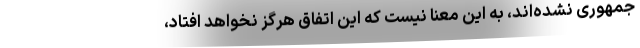
جمهوری نشده‌اند، به این معنا نیست که این اتفاق هرگز نخواهد افتاد،